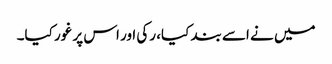
میں نے اسے بند کیا، رکی اور اس پر غور کیا۔